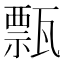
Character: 㼼